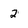
Character: 2